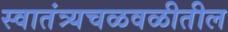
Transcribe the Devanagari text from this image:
स्वातंत्र्यचळवळीतील